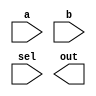
//Create a one-bit wide, 2-to-1 multiplexer. When sel=0, choose a. When sel=1, choose b.

//Hint: The ternary operator (cond ? iftrue : iffalse) is easier to read.

module top_module( 
    input a, b, sel,
    output out ); 

    // Insert your code here

endmodule